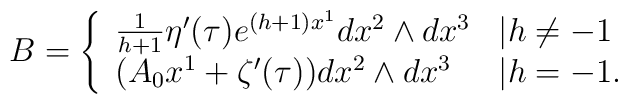
B=\left\{\begin{array}{ll}\frac{1}{h+1}\eta^{\prime}(\tau)e^{(h+1)x^1}dx^2\wedge dx^3 &|h\neq -1 \\(A_0x^1+\zeta^{\prime}(\tau))dx^2\wedge dx^3 & |h=-1.\end{array} \right.